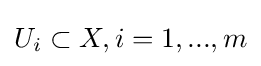
U_{i}\subset X,i=1,...,m